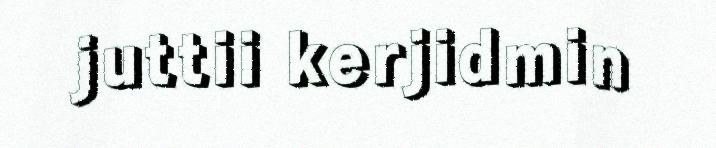
juttii kerjidmin